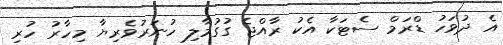
އެ ދުވަހު ޑްރަމް ސެޓަކާ އެކު ރާއްޖެ ގުގުމާލި ހުނަރުވެރިޔާ މިހާރު ހުރި